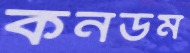
কনডম